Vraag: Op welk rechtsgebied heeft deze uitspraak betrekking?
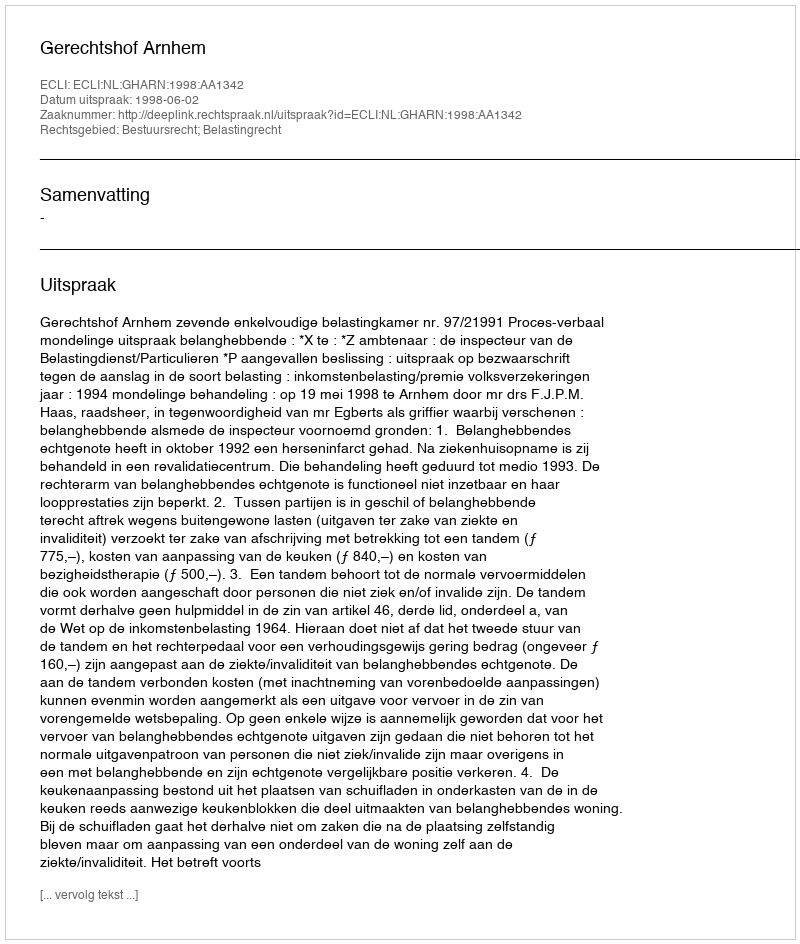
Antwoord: Bestuursrecht; Belastingrecht